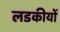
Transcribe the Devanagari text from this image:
लडकीयों